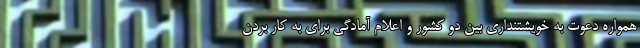
همواره دعوت به خویشتنداری بین دو کشور و اعلام آمادگی برای به کار بردن